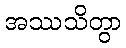
အဿသိတွာ